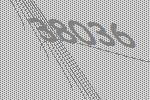
38036